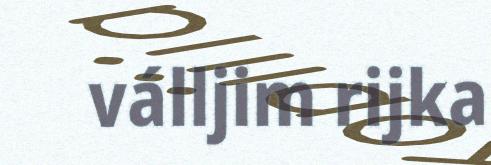
válljim rijka